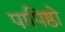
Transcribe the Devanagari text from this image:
पापिष्ठो